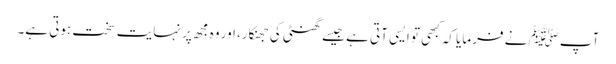
آپﷺ نے فرمایا کہ کبھی تو ایسی آتی ہے جیسے گھنٹی کی جھنکار، اور وہ مجھ پر نہایت سخت ہوتی ہے۔